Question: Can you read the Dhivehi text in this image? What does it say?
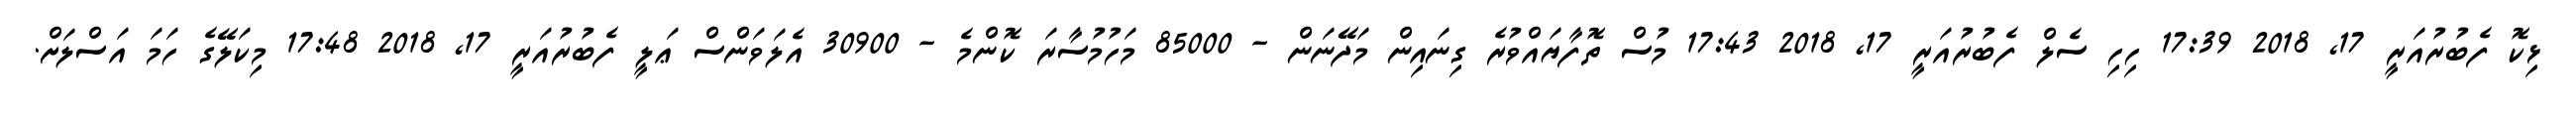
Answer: ޅިކޮ ފެބުރުއަރީ 17, 2018 17:39 ހިހި ސެލް ފެބުރުއަރީ 17, 2018 17:43 މުސް ތޮފާޔައްވުރެ ގިނައިން މަދޭނަން - 85000 މަހުމުސާރަ ކޮންމެ - 30900 އެލަވަންސް ޢަލީ ފެބުރުއަރީ 17, 2018 17:48 މިކަލޭގެ ހަމަ އަސްލަށް.